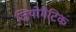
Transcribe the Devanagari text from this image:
जियोमैटिक